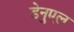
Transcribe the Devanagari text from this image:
डेनुएल